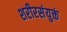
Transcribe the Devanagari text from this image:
शरीरसंयुक्तं